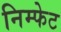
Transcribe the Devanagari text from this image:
निम्फेट